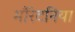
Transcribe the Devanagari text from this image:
मौरेटनिया